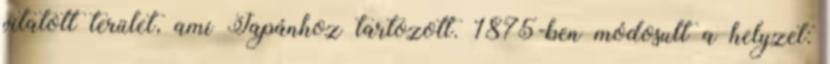
vitatott terület, ami Japánhoz tartozott. 1875-ben módosult a helyzet: